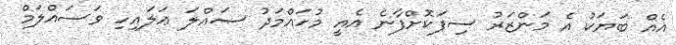
އެއް ބަޔަކު އެ މަންޒަރު ސިފަކޮށްފާނެ އެއީ މުހައްމަދު ޞައްލަ ޢަލައިހި ވަސައްލަމް